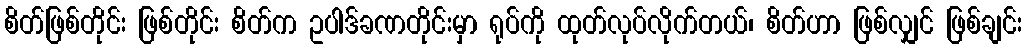
စိတ်ဖြစ်တိုင်း ဖြစ်တိုင်း စိတ်က ဥပါဒ်ခဏတိုင်းမှာ ရုပ်ကို ထုတ်လုပ်လိုက်တယ်၊ စိတ်ဟာ ဖြစ်လျှင် ဖြစ်ချင်း